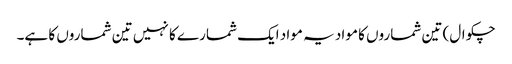
چکوال) تین شماروں کا مواد یہ مواد ایک شمارے کا نہیں تین شماروں کا ہے۔